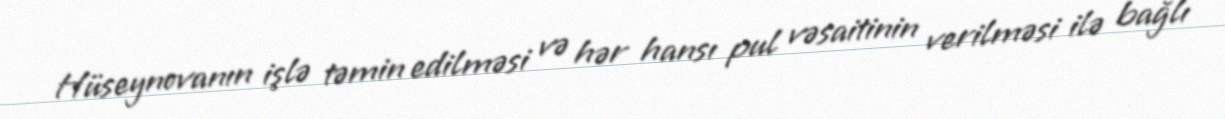
Hüseynovanın işlə təmin edilməsi və hər hansı pul vəsaitinin verilməsi ilə bağlı